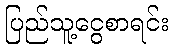
ပြည်သူ့ငွေစာရင်း